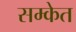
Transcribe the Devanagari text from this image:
सम्केत